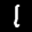
Label: 1